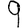
Digit: 9